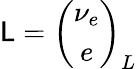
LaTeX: {{\sf L}}=\left(\begin{array}{c}{{\nu_{e}}}\\ {{e}}\end{array}\right)_{L}